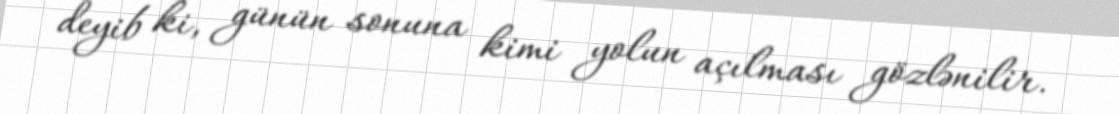
deyib ki, günün sonuna kimi yolun açılması gözlənilir.